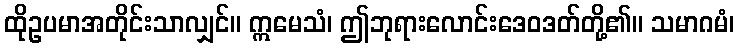
ထိုဥပမာအတိုင်းသာလျှင်။ ဣမေသံ၊ ဤဘုရားလောင်းဒေဝဒတ်တို့၏။ သမာဂမံ၊